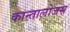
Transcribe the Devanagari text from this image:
कान्तालोजस